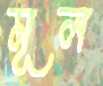
মূল